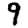
Digit: 9